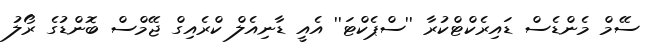
ސޭމް މެންޑެސް ޑައިރެކްޓްކުރާ ''ސްޕެކްޓަ'' އެއީ ޑާނިއެލް ކްރެއިގް ޖޭމްސް ބޮންޑުގެ ރޯލު